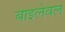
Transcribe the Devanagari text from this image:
बाइलेवल